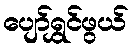
ပျော်ရွှင်ဖွယ်